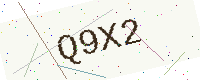
Text: Q9X2